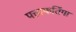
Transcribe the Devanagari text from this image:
पत्ताफतिंगा